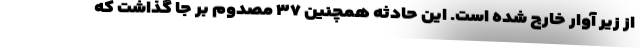
از زیر آوار خارج شده است. این حادثه همچنین ۳۷ مصدوم بر جا گذاشت که